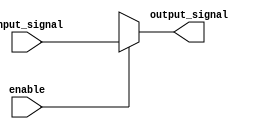
module tri_state_buffer (
    input wire enable,
    input wire input_signal,
    output reg output_signal
);
    always @ (enable, input_signal)
    begin
        if (enable)
            output_signal = input_signal;
        else
            output_signal = Z;
    end
endmodule